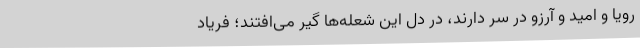
رویا و امید و آرزو در سر دارند، در دل این شعله‌ها گیر می‌افتند؛ فریاد